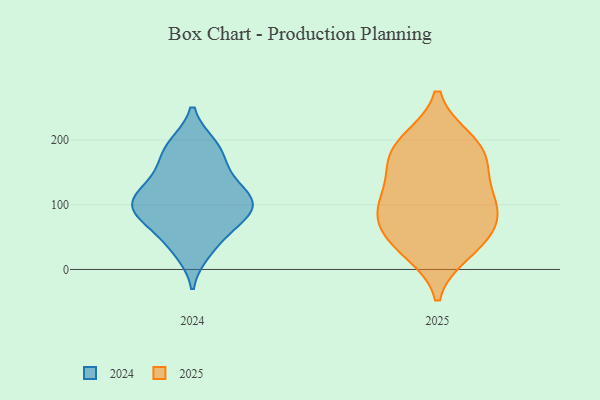
{"axis": {"x": "Conversion Rate (%)", "y": "Value"}, "legend": ["2024", "2025"], "data": [{"x": "", "y": 191, "type": "2024"}, {"x": "", "y": 105, "type": "2024"}, {"x": "", "y": 29, "type": "2024"}, {"x": "", "y": 91, "type": "2024"}, {"x": "", "y": 97, "type": "2024"}, {"x": "", "y": 178, "type": "2024"}, {"x": "", "y": 143, "type": "2024"}, {"x": "", "y": 74, "type": "2024"}, {"x": "", "y": 107, "type": "2024"}, {"x": "", "y": 143, "type": "2024"}, {"x": "", "y": 189, "type": "2024"}, {"x": "", "y": 101, "type": "2024"}, {"x": "", "y": 115, "type": "2024"}, {"x": "", "y": 72, "type": "2024"}, {"x": "", "y": 41, "type": "2024"}, {"x": "", "y": 152, "type": "2025"}, {"x": "", "y": 199, "type": "2025"}, {"x": "", "y": 86, "type": "2025"}, {"x": "", "y": 72, "type": "2025"}, {"x": "", "y": 93, "type": "2025"}, {"x": "", "y": 168, "type": "2025"}, {"x": "", "y": 108, "type": "2025"}, {"x": "", "y": 198, "type": "2025"}, {"x": "", "y": 110, "type": "2025"}, {"x": "", "y": 40, "type": "2025"}, {"x": "", "y": 28, "type": "2025"}, {"x": "", "y": 175, "type": "2025"}, {"x": "", "y": 46, "type": "2025"}]}